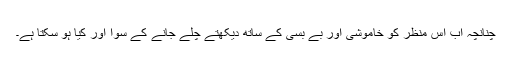
چنانچہ اب اس منظر کو خاموشی اور بے بسی کے ساتھ دیکھتے چلے جانے کے سوا اور کیا ہو سکتا ہے۔